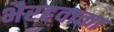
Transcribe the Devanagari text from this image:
भैरहवाका